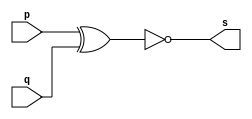
// -------------------------
// Exemplo0008 - XNOR
// Nome: Ana Paula da Silva
// -------------------------
// -------------------------
// -- xnor gate
// -------------------------
module xnorgate ( output s, input p, q);
assign s = ~(p ^ q);
endmodule // xnorgate
// ---------------------
// -- test xnor gate
// ---------------------
module testxnorgate;
// ------------------------- dados locais
reg a, b; // definir registradores
wire s; // definir conexao (fio)
// ------------------------- instancia
xnorgate XNOR1 (s, a, b);
// ------------------------- preparacao
initial begin:start
// atribuicao simultanea
// dos valores iniciais
a=0; b=0;
end
// ------------------------- parte principal
initial begin
$display("Exemplo0008 - Ana Paula- 471906");
$display("Test XNOR gate");
$display("\na ^ b = s\n");
a=0; b=0;
#1 $display("%b ^ %b = %b", a, b, s);
a=0; b=1;
#1 $display("%b ^ %b = %b", a, b, s);
a=1; b=0;
#1 $display("%b ^ %b = %b", a, b, s);
a=1; b=1;
#1 $display("%b ^ %b = %b", a, b, s);
end
endmodule // testxnorgate